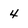
Character: 4